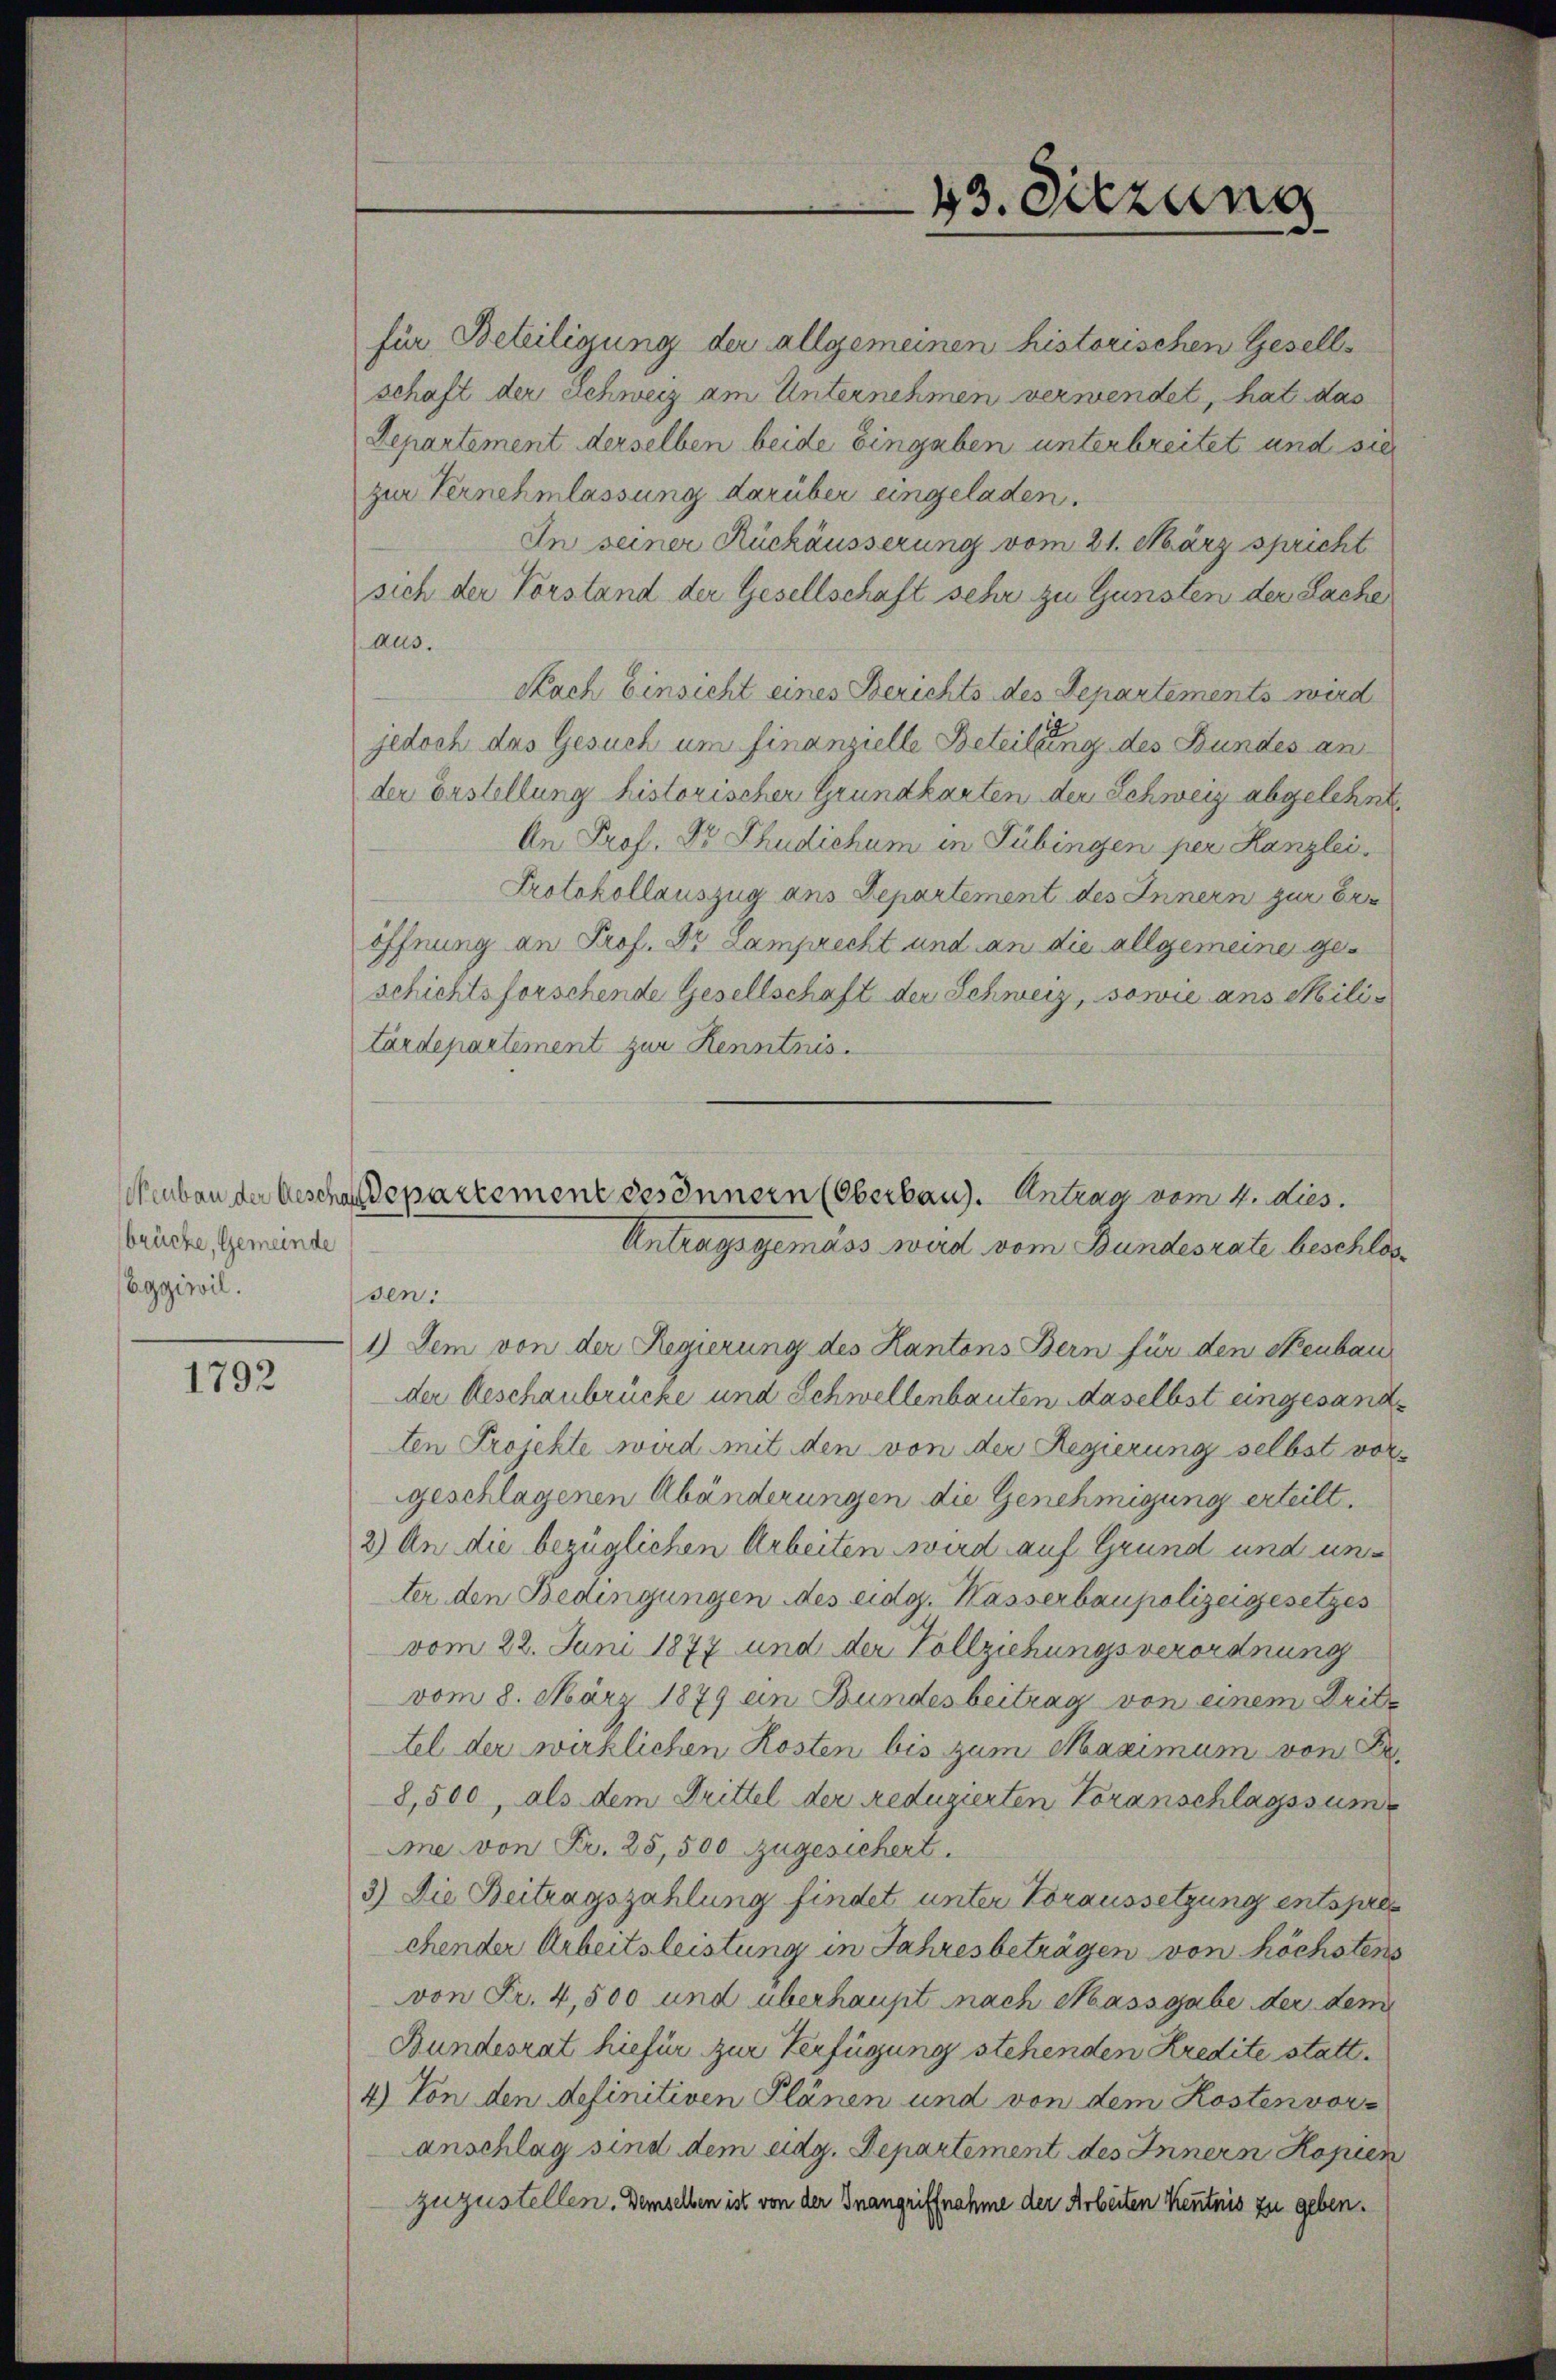
brücke, Gemeinde
(Eggiwil.

1792

für Beteiligung der allgemeinen historischen Gesell-
schaft der Schweiz am Unternehmen verwendet, hat das
Departement derselben beide Eingaben unterbreitet und sie
zur Vernehmlassung darüber eingeladen.
In seiner Rückäusserung vom 21. März spricht
sich der Vorstand der Gesellschaft sehr zu Gunsten der Sache
aus.
Nach Einsicht eines Berichts des Departements wird
jedoch das Gesuch um finanzielle Beteilung des Bundes an
der Erstellung historischer Grundkarten der Schweiz abgelehnt
An Prof. Dr. Schudichum in Tübingen per Kanzlei
Protokollauszug aus Departement des Innern zur Be¬
Öffnung an Prof. Dr. Lamprecht und an die allgemeine geschichtsforschende Gesellschaft der Schweiz, sowie ans Militärdepartement zur Kenntnis.
sen.
1.) Dem von der Regierung des Kantons Bern für den Neubau
der Aeschaubrücke und Schwellenbauten daselbst eingesandten Projekte wird mit den von der Regierung selbst vorgeschlagenen Abänderungen die Genehmigung erteilt.
2) An die bezüglichen Arbeiten wird auf Grund und unter den Bedingungen des eidg. Kasserbaupolizeigesetzes
vom 22. Juni 1877 und der Vollziehungsverordnung
vom 8. März 1879 ein Bundesbeitrag von einem Dritte
tel der wirklichen Kosten bis zum Maximum von Fr.
8,500, als dem Drittel der Reduzierten Voranschlagssum
me von Fr. 25,500 zugesichert.
3) Die Beitragszahlung findet unter Voraussetzung entspre
chender Arbeitsleistung in Jahresbeträgen von höchstens
von Fr. 4,500 und überhaupt nach Massgabe der dem
Bundesrat hiefür zur Verfügung stehenden Kredite statt¬
4) Von den definitiven Plänen und von dem Kosten voranschlag sind dem eidg. Departement des Innern Kopien
zuzustellen. Demselben ist von der Inangriffnahme der Arbeiten Kenntnis zu geben.

43. Diezung
¬

Neubau der Geschaftspartement des Innern (Oberbaug. Antrag vom 4. dies.
Antragsgemäss wird vom Bundesrate beschlos¬